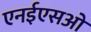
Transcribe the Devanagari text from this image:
एनईएसओ